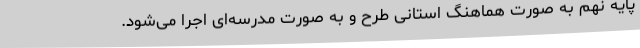
پایه نهم به صورت هماهنگ استانی طرح و به صورت مدرسه‌ای اجرا می‌شود.